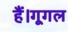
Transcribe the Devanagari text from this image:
हैं।गूगल